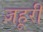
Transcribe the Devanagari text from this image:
ज़हूरी